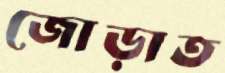
জোড়াত